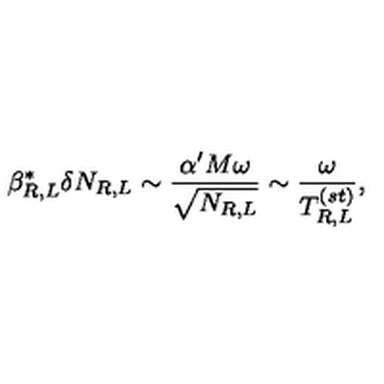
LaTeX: \beta _ { R , L } ^ { * } \delta N _ { R , L } \sim { \frac { \alpha ^ { \prime } M \omega } { \sqrt { N _ { R , L } } } } \sim { \frac { \omega } { T _ { R , L } ^ { ( s t ) } } } ,